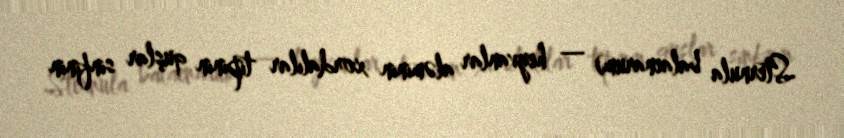
Sternula balaenarum) — heyvanlar aləminin xordalılar tipinin quşlar sinfinin